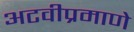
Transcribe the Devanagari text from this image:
अटवीप्रमाणे